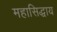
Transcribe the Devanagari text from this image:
महासिद्धाय